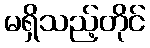
မရှိသည့်တိုင်